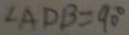
\angle A D B = 9 0 ^ { \circ }